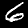
Label: 6